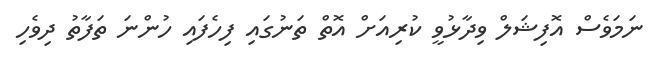
ނަމަވެސް އޮފިޝަލް ވިދާޅުވީ ކުރިއަށް އޮތް ތަނުގައި ފިހެފައި ހުންނަ ތަފާތު ދިވެހި